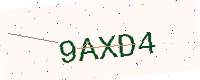
Text: 9AXD4